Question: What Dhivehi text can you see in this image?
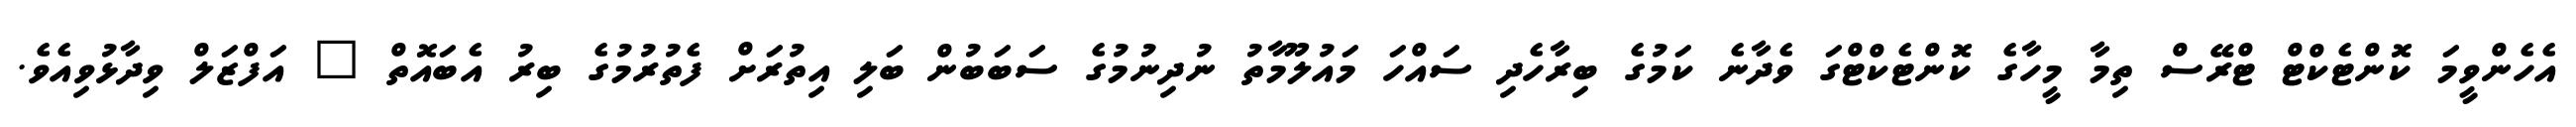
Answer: އެހެންވީމަ ކޮންޓެކްޓް ޓްރޭސް ތިމާ މީހާގެ ކޮންޓެކްޓްގަ ވެދާނެ ކަމުގެ ބިރާހެދި ސައްހަ މައުލޫމާތު ނުދިނުމުގެ ސަބަބުން ބަލި އިތުރަށް ފެތުރުމުގެ ބިރު އެބައޮތް " އަފްޒަލް ވިދާޅުވިއެވެ.